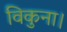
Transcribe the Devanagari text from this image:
विकुना।